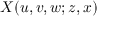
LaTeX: X ( u , v , w ; z , x )